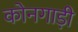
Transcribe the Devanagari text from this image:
कोनगाड़ी